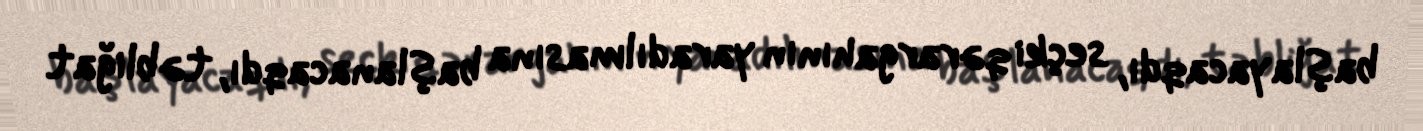
başlayacaqdı, seçki qərargahının yaradılmasına başlanacaqdı, təbliğat